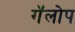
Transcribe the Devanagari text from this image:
गॅलोप